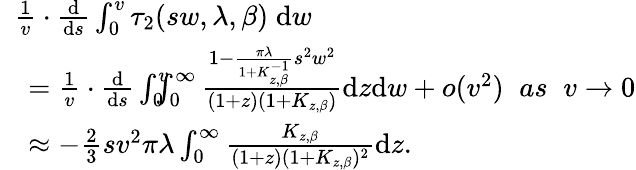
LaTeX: \begin{array}{rl}&{\! \! \! \frac{1}{v}\cdot\frac{\mathrm{d}}{\mathrm{d}s}\int_{0}^{v}\tau_{2}(sw,\lambda,\beta)\; \mathrm{d}w}\\ &{=\frac{1}{v}\cdot\frac{\mathrm{d}}{\mathrm{d}s}\int_{0}^{v}\! \! \! \! \int_{0}^{\infty}\frac{1-\frac{\pi\lambda}{1+K_{z,\beta}^{-1}}s^{2}w^{2}}{(1+z)(1+K_{z,\beta})}\mathrm{d}z\mathrm{d}w+o(v^{2})\; \; as\; \; v\rightarrow 0}\\ &{\approx-\frac{2}{3}sv^{2}\pi\lambda\int_{0}^{\infty}\frac{K_{z,\beta}}{(1+z)(1+K_{z,\beta})^{2}}\mathrm{d}z.}\end{array}